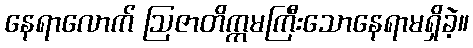
နေရာလောက် ဩဇာတိက္ကမကြီးသောနေရာမရှိခဲ့။